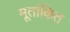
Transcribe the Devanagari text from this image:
मूतांकित